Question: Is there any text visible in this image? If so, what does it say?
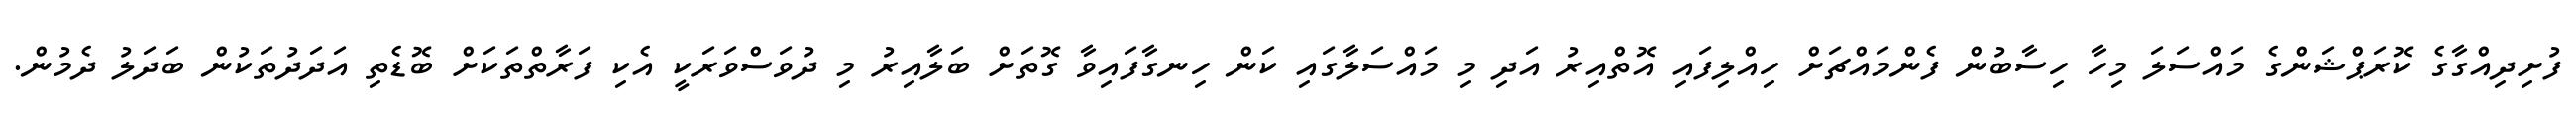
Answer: ފުށިދިއްގާގެ ކޮރަޕްޝަންގެ މައްސަލަ މިހާ ހިސާބުން ފެންމައްޗަށް ހިއްލިފައި އޮތްއިރު އަދި މި މައްސަލާގައި ކަން ހިނގާފައިވާ ގޮތަށް ބަލާއިރު މި ދުވަސްވަރަކީ އެކި ފަރާތްތަކަށް ބޮޑެތި އަދަދުތަކުން ބަދަލު ދެމުން.